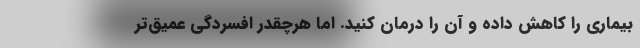
بیماری را کاهش داده و آن را درمان کنید. اما هرچقدر افسردگی عمیق‌تر